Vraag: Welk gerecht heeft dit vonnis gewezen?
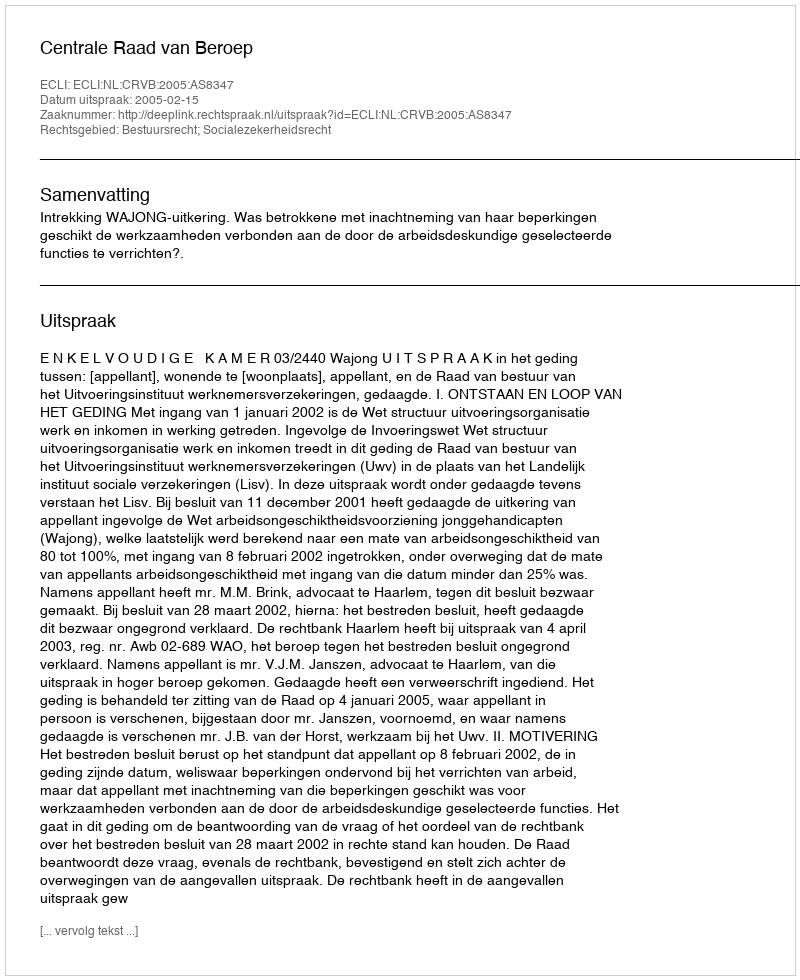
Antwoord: Centrale Raad van Beroep